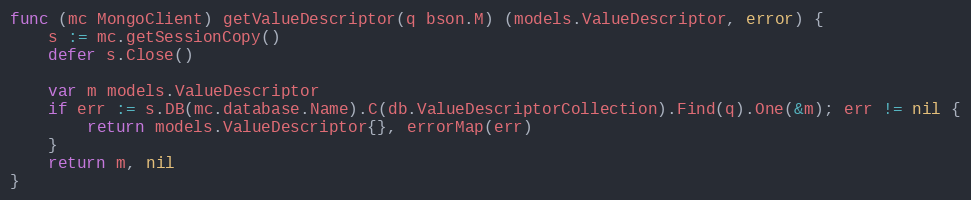
Language: Go
func (mc MongoClient) getValueDescriptor(q bson.M) (models.ValueDescriptor, error) {
	s := mc.getSessionCopy()
	defer s.Close()

	var m models.ValueDescriptor
	if err := s.DB(mc.database.Name).C(db.ValueDescriptorCollection).Find(q).One(&m); err != nil {
		return models.ValueDescriptor{}, errorMap(err)
	}
	return m, nil
}